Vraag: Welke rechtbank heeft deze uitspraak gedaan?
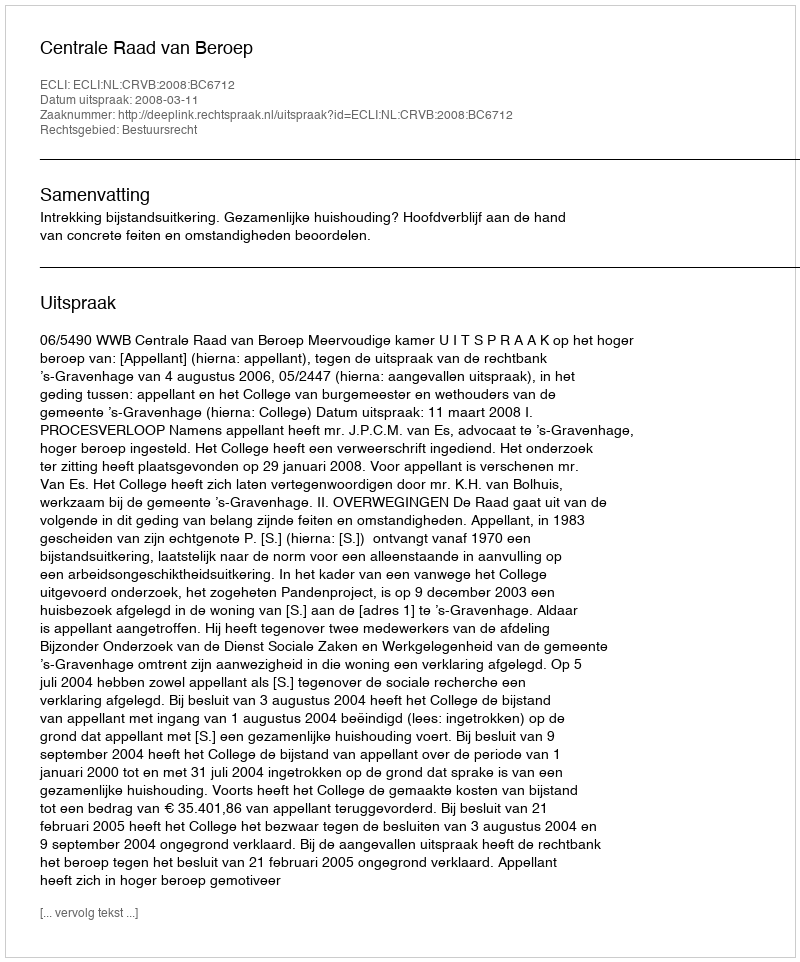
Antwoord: Centrale Raad van Beroep